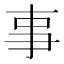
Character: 事